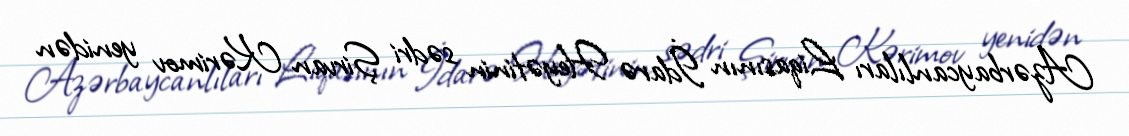
Azərbaycanlıları Liqasının İdarə Heyətinin sədri Şirvan Kərimov yenidən